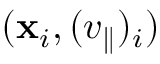
( \mathbf { x } _ { i } , ( v _ { \parallel } ) _ { i } )